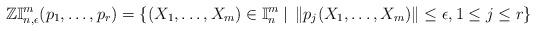
LaTeX: \begin{align*}\mathbb{ZI}_{n,\epsilon}^m(p_1,\ldots,p_r)=\{(X_1,\ldots,X_m)\in \mathbb{I}^m_n\: | \:\: \|p_j(X_1,\ldots,X_m)\|\leq \epsilon, 1\leq j\leq r\}\end{align*}